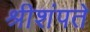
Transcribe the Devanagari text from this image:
श्रीशंपते